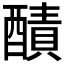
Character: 𨢦